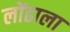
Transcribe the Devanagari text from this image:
लोंढाला